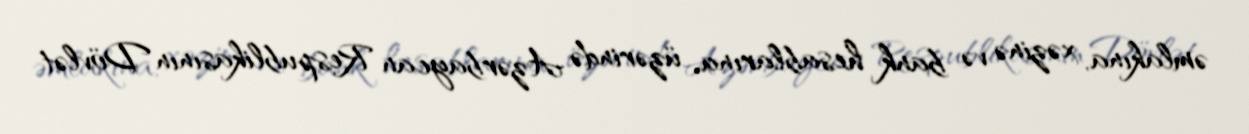
əmlakına, xəzinə və bank hesablarına, üzərində Azərbaycan Respublikasının Dövlət